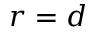
r = d